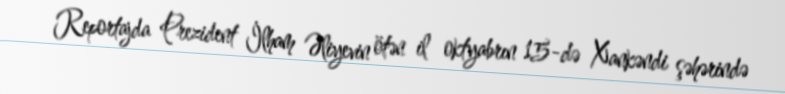
Reportajda Prezident İlham Əliyevin ötən il oktyabrın 15-də Xankəndi şəhərində